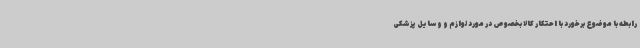
رابطه با موضوع برخورد با احتکار کالا بخصوص در مورد لوازم و وسایل پزشکی